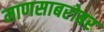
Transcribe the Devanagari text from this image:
माणसाबरोबर